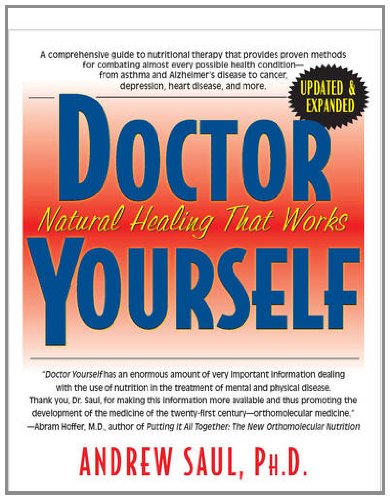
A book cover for Doctor Yourself: Natural Healing That Works; Andrew W. Saul; Health, Fitness & Dieting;